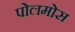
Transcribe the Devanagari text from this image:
पोलमोस